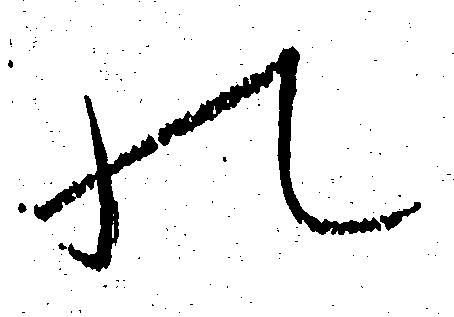
の